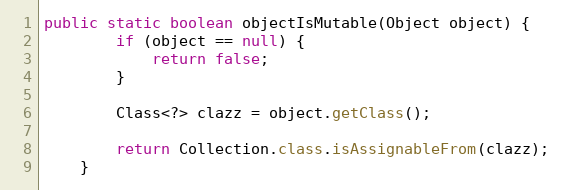
Language: Java
public static boolean objectIsMutable(Object object) {
        if (object == null) {
            return false;
        }

        Class<?> clazz = object.getClass();

        return Collection.class.isAssignableFrom(clazz);
    }